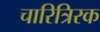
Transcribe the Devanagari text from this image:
चारित्रिरक